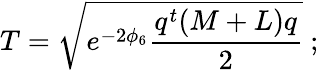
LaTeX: T=\sqrt{e^{-2\phi_{6}}\frac{q^{t}(M+L)q}{2}}\ ;